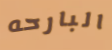
البارحه